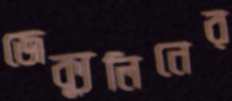
জেক্যুলিনের